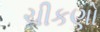
ચીકણો